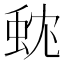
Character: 𮔃